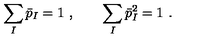
\sum _ { I } \bar { p } _ { I } = 1 \ , \qquad \sum _ { I } \bar { p } _ { I } ^ { 2 } = 1 \ .